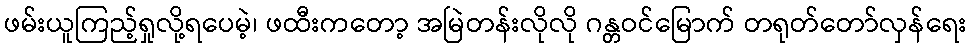
ဖမ်းယူကြည့်ရှုလို့ရပေမဲ့၊ ဖထီးကတော့ အမြဲတန်းလိုလို ဂန္တဝင်မြောက် တရုတ်တော်လှန်ရေး